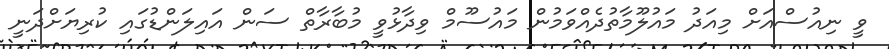
ވީ ނިއުސްއަށް މިއަދު މައުލޫމާތުދެއްވަމުން މައުސޫމް ވިދާޅުވީ މުބާރާތް ސަން އައިލަންޑުގައި ކުރިޔަށްދަނީ